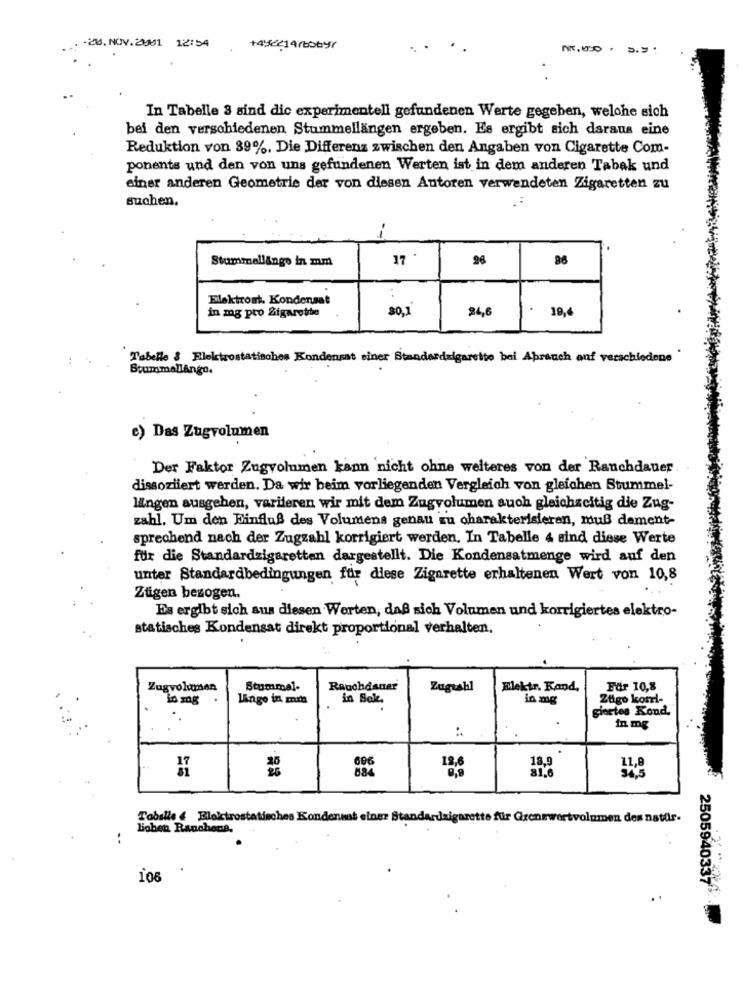
-20. NOV.20001 12:54
+4;214/baby
In Tabelle 3 sind dic experimentell gefundenen Werte gegeben, welche sich
bei den verschiedenen Stummellängen ergeben. Es ergibt sich daraus eine
Reduktion von 39%. Die Differenz zwischen den Angaben von Cigarette Com-
ponents und den von uns gefundenen Werten ist in dem anderen Tabak und
einer anderen Geometrie der von diesen Autoren verwendeten Zigaretten zu
suchen,
Stummellingo in mm
17
28
Elektront. Kondensat
30,1
24,6
.
19,4
in mg pro Zigarette
Tabelle & Flelctrostatisches Kondensat einer Standardzigarette bei Aprauch auf verschiedene
BrummellAngo.
e) Das Zugvolumen
Der Faktor Zugvolumen kann nicht ohne weiteres von der Ranchdauer
dissoziiert werden. Da wir beim vorliegenden Vergleich von gleichen Stummel-
längen ausgehen, variieren wir mit dem Zugvolumen auch gleichzeitig die Zug-
zahl. Um den Binfluß des Volumens genau zu charakterisieren, muß dement-
sprechend nach der Zugzahl korrigiert werden. In Tabelle 4 sind diese Werte
für die Standardzigaretten dargestellt. Die Kondensatmenge wird auf den
unter Standardbedingungen für diese Zigarette erhaltenen Wert von 10,8
Züigen bezogen.
Es ergibt sich aus diesen Worten, daß sich Volumen und korrigiertes elektro-
statisches Kondensat direkt proportional verhalten.
Zugvolumen
Stummel-
Rauchdauer
Zugishl
Elektr. Kand,
Für 10,8
lange in min
in Sok.
in mg
Zuigo kosti-
giortes Kond.
:
in mg
18,9
81.6
11,8
Toballe & Bloktrostatisches Kondensat einer Standardzigarette für Grenzwertvolumen des natdir.
Boben Rauchens.
..
106
2505940334